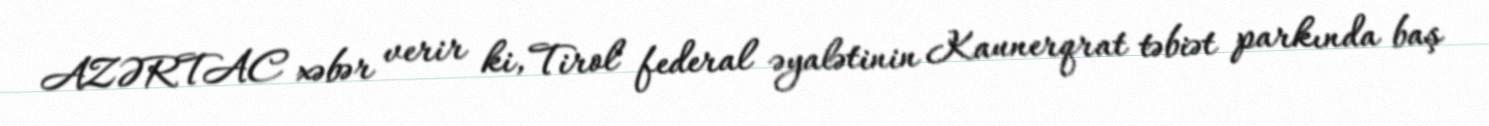
AZƏRTAC xəbər verir ki, Tirol federal əyalətinin Kaunerqrat təbiət parkında baş